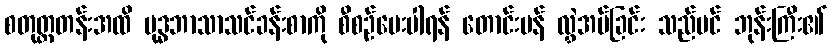
စတုတ္ထတန်းအထိ ဗုဒ္ဓဘာသာသင်ခန်းစာကို စီစဉ်ပေးပါရန် တောင်းပန် လွှဲအပ်ခြင်း သည်ပင် ဘုန်းကြီး၏